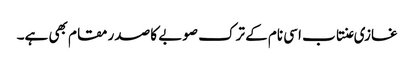
غازی عنتاب اسی نام کے ترک صوبے کا صدر مقام بھی ہے۔